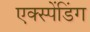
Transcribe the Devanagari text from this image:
एक्स्पेंडिंग